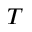
T